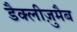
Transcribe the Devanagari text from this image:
डैक्लीज़ुमैब